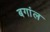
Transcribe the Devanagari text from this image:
बगांल